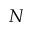
N